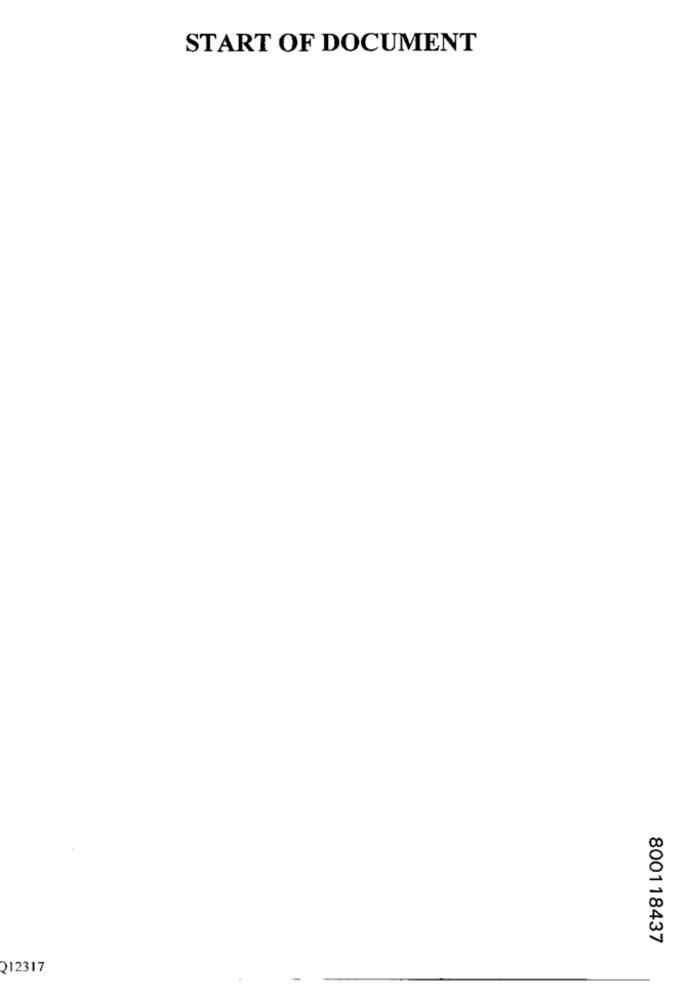
START OF DOCUMENT
800118437
212317